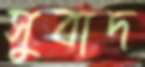
সুবাদ